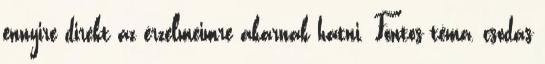
ennyire direkt az érzelmeimre akarnak hatni. Fontos téma, csodás